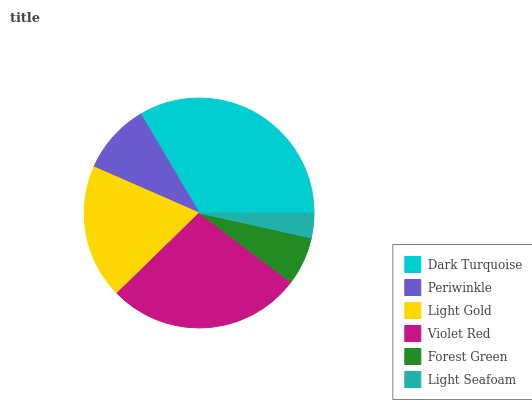
| Dark Turquoise | Periwinkle | Light Gold | Violet Red | Forest Green | Light Seafoam |
 | --- | --- | --- | --- | --- | --- |
 | 33.4% | 9.95% | 18.9% | 27.4% | 6.81% | 3.49% |